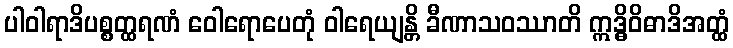
ပါဝါရာဒိပစ္စတ္ထရဏံ ဝေါရောပေတုံ ဝါရေယျန္တိ ခီဏာသဝဿာတိ ဣဒ္ဓိဝိဓာဒိအတ္ထံ